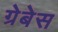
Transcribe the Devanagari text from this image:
ग्रेबेस